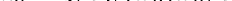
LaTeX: \smash{\mathit{k}_{0}\equiv\sqrt{}{{\epsilon_{\mathrm{{~L~}}}(\omega_{0})}}\omega_{0}/c}